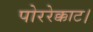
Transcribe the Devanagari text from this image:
पोररेक्काट।